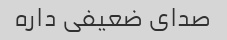
صدای ضعیفی داره